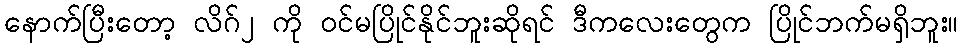
နောက်ပြီးတော့ လိဂ်၂ ကို ဝင်မပြိုင်နိုင်ဘူးဆိုရင် ဒီကလေးတွေက ပြိုင်ဘက်မရှိဘူး။